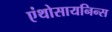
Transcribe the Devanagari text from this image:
एंथोसायनिन्स